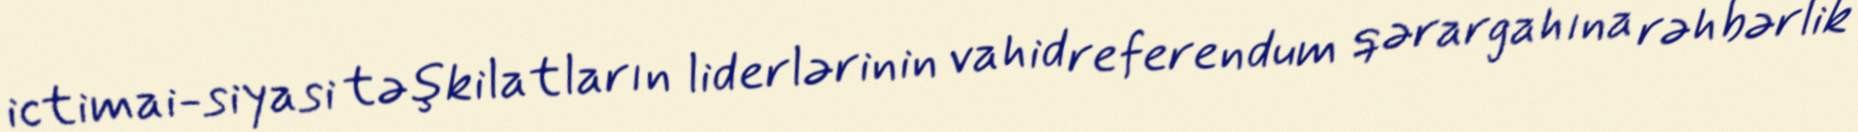
ictimai-siyasi təşkilatların liderlərinin vahid referendum qərargahına rəhbərlik